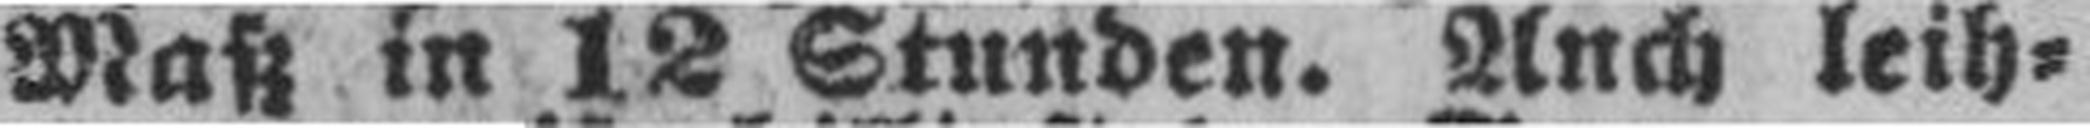
Maß in 12 Stunden. Auch leih¬